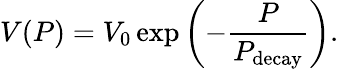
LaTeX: V(P)=V_{0}\exp\left(-\frac{P}{P_{\mathrm{decay}}}\right).